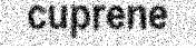
cuprene